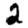
Digit: 2